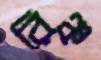
রিঞ্চ